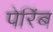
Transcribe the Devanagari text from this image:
पेरिंब